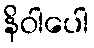
နိဝါပေါ